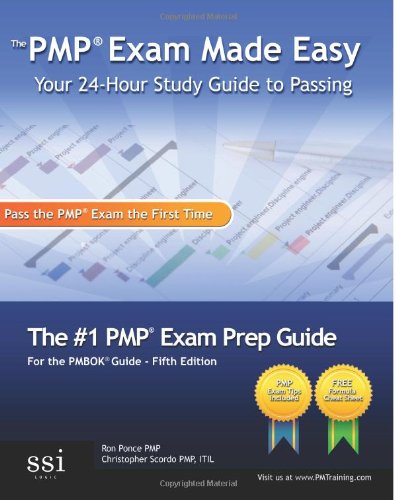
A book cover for The PMP Exam Made Easy: Your 24-Hour Study Guide to Passing; Ron Ponce; Test Preparation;